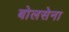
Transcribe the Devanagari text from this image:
बोलसेना